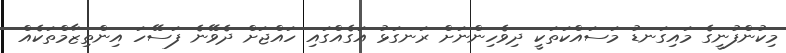
މިކުންފުނީގެ މައިގަނޑު މަސައްކަތަކީ ދިވެހިންނަށް ރަނގަޅު އަގެއްގައި ހައްޖަށް ދެވޭނެ ފަސޭހަ އިންތިޒާމްތަކެއް